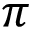
\pi